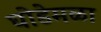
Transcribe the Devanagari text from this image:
घोडेमळा